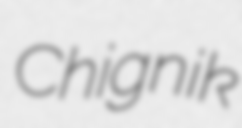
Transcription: Chignik